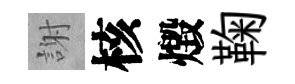
謝核燬鞠